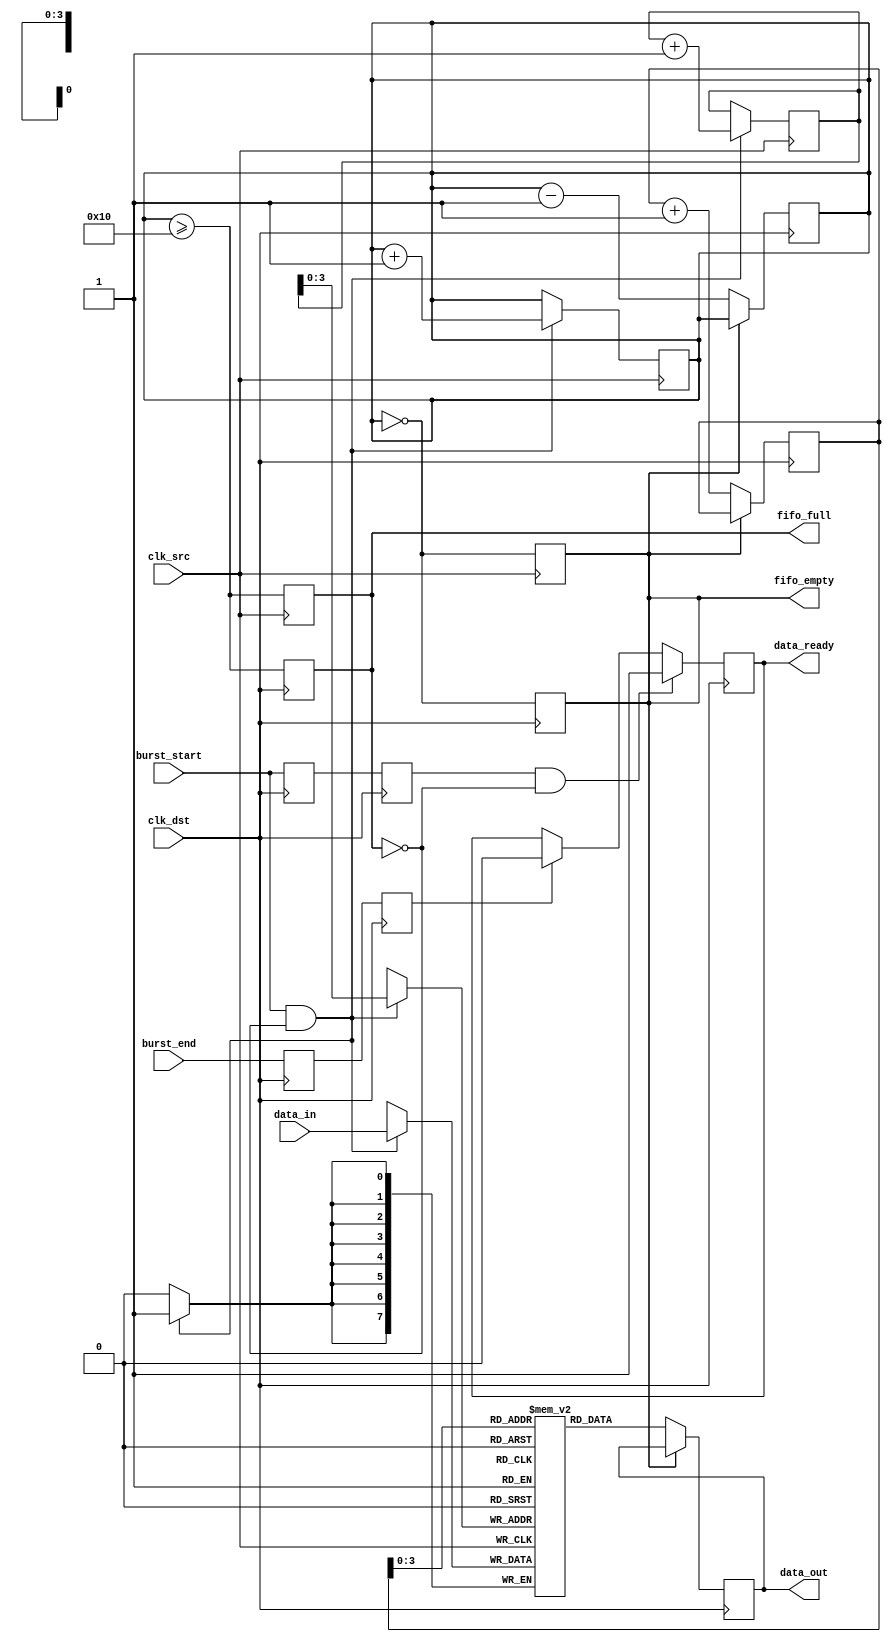
module burst_mode_synchronizer #(
    parameter DATA_WIDTH = 8,  // Width of the data bus
    parameter FIFO_DEPTH = 16   // Depth of the FIFO
)(
    input wire clk_src,         // Source clock
    input wire clk_dst,         // Destination clock
    input wire [DATA_WIDTH-1:0] data_in, // Data input from source
    input wire burst_start,      // Signal to indicate the start of a burst
    input wire burst_end,        // Signal to indicate the end of a burst
    output reg [DATA_WIDTH-1:0] data_out, // Data output to destination
    output reg data_ready,       // Signal to indicate data is ready
    output reg fifo_full,        // FIFO full flag
    output reg fifo_empty        // FIFO empty flag
);

    // FIFO buffer
    reg [DATA_WIDTH-1:0] fifo [0:FIFO_DEPTH-1];
    reg [4:0] write_ptr; // Write pointer
    reg [4:0] read_ptr;  // Read pointer
    reg [4:0] fifo_count; // Number of items in FIFO

    // Synchronization registers for handshaking signals
    reg burst_start_sync_1, burst_start_sync_2;
    reg burst_end_sync_1, burst_end_sync_2;

    // FIFO write logic (source clock domain)
    always @(posedge clk_src) begin
        if (burst_start && !fifo_full) begin
            fifo[write_ptr] <= data_in;
            write_ptr <= write_ptr + 1;
            fifo_count <= fifo_count + 1;
        end
        if (burst_end) begin
            // Handle burst end logic if needed
        end
    end

    // FIFO read logic (destination clock domain)
    always @(posedge clk_dst) begin
        if (!fifo_empty) begin
            data_out <= fifo[read_ptr];
            read_ptr <= read_ptr + 1;
            fifo_count <= fifo_count - 1;
        end
    end

    // Handshaking signal generation
    always @(posedge clk_src) begin
        fifo_full <= (fifo_count >= FIFO_DEPTH);
        fifo_empty <= (fifo_count == 0);
    end

    // Synchronize burst_start and burst_end signals
    always @(posedge clk_dst) begin
        burst_start_sync_1 <= burst_start;
        burst_start_sync_2 <= burst_start_sync_1;

        burst_end_sync_1 <= burst_end;
        burst_end_sync_2 <= burst_end_sync_1;

        if (burst_start_sync_2 && !fifo_full) begin
            data_ready <= 1'b1;
        end else if (burst_end_sync_2) begin
            data_ready <= 1'b0;
        end
    end

    // FIFO empty and full flags
    always @(posedge clk_dst) begin
        fifo_empty <= (fifo_count == 0);
        fifo_full <= (fifo_count >= FIFO_DEPTH);
    end

endmodule